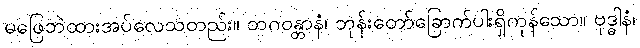
မဖြေဘဲထားအပ်လေသတည်း။ ဘဂဝန္တာနံ၊ ဘုန်းတော်ခြောက်ပါးရှိကုန်သော။ ဗုဒ္ဓါနံ၊